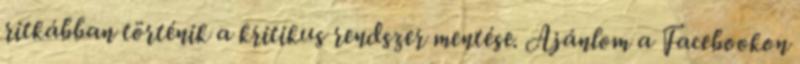
ritkábban történik a kritikus rendszer mentése. Ajánlom a Facebookon